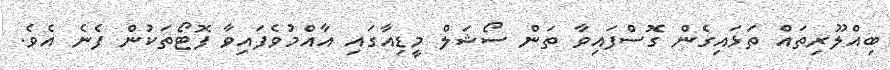
ބިއްލޫރިތައް ތަޅައިގެން ގޮސްފައިވާ ތަން ސޯޝަލް މީޑިއާގައި އާއްމުވެފައިވާ ފޮޓޯތަކުން ފެނެ އެވެ.